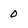
Character: 0